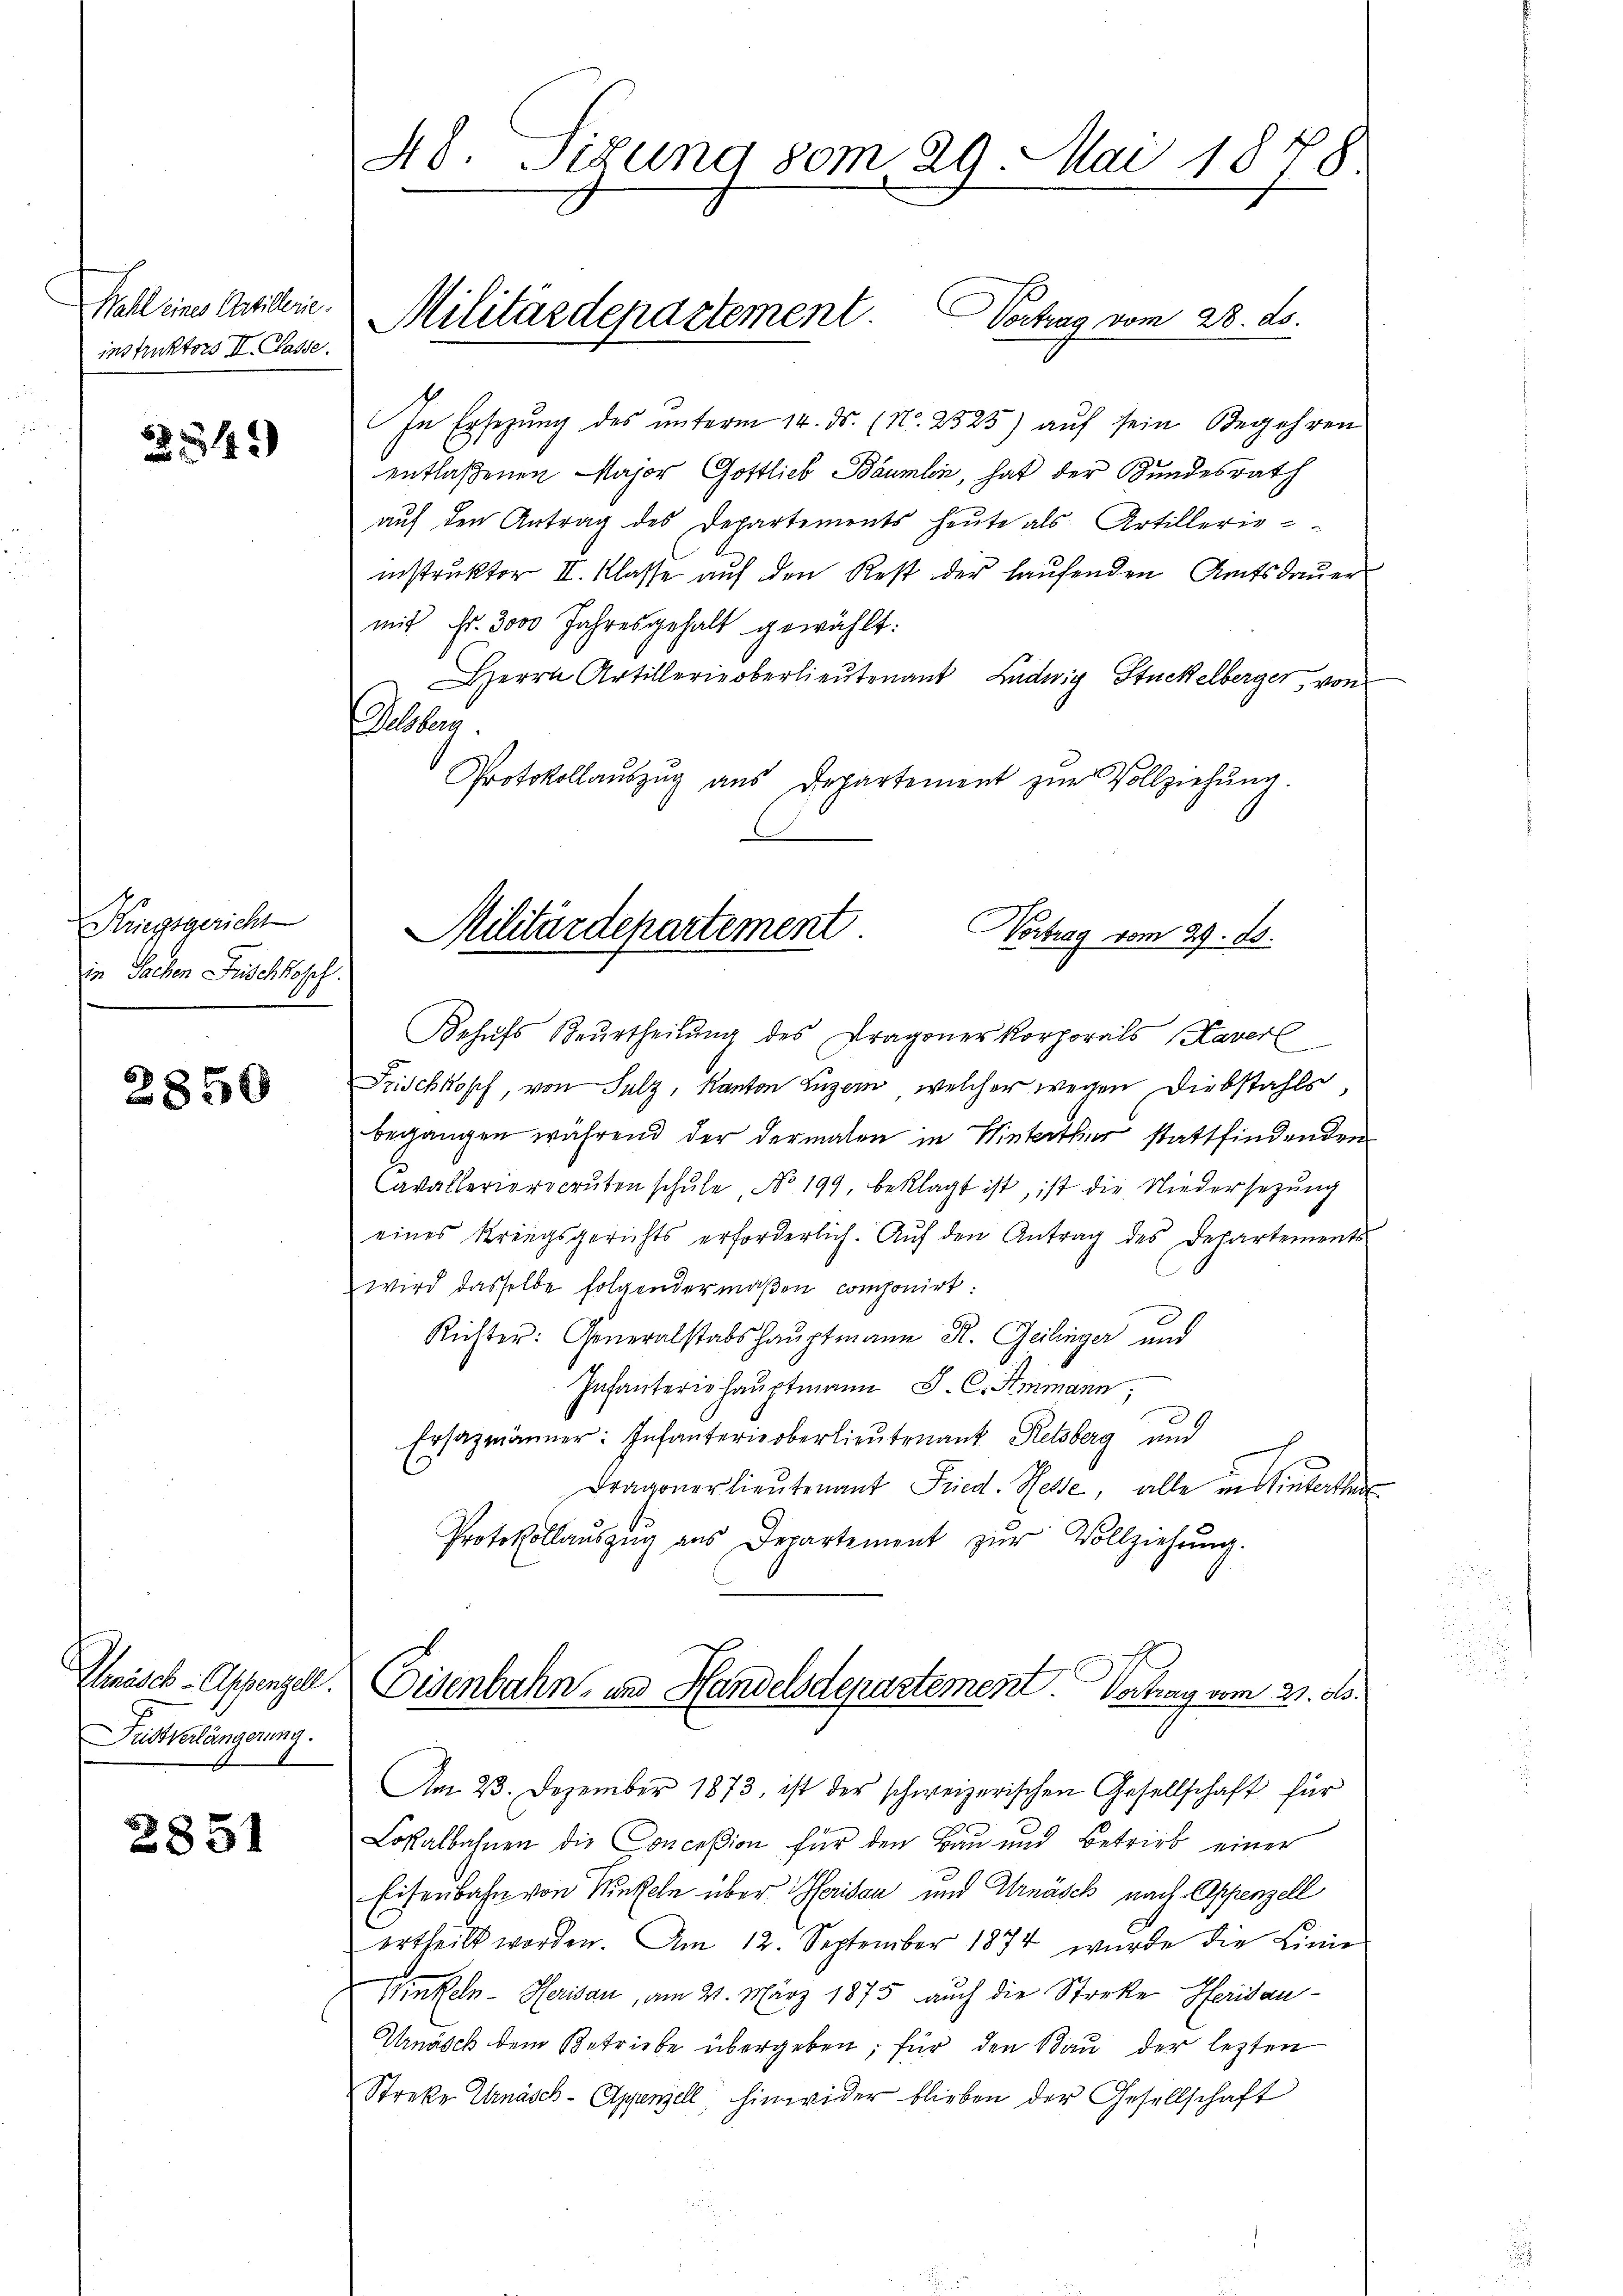
Wahl eines Artillerie.
instruktors II. Classe.

2349

Kriegsgericht
in Sachen Frischoses.

2850

Ihnäsch-Appenzell.
Fustverlängerung.

2851

48. Sizung vom 29. Mai 1848
.

Militärdepartement. Vortrag vom 28. ds.

Militärdepartement
Vortrag vom 29. ds.

In Ersezung des unterm 14. ds. (N. 2525) auf sein Begehren
entlaßenen Major Gottlieb Bäumlin, hat der Bundesrath
auf den Antrag des Departements heute als Artillerie-
instruktor II. Klasse auf den Rest der laufenden Amtsdauer
mit Fr. 3000 Jahresgehalt gewählt:
Herrn Artillerie oberlieŭtenant Ludwig Stückelberger, von
Rellig
Protokollaŭszŭg aŭs Departement zŭr Vollziehŭng.
Behufs Beurtheilŭng des Dragoner Korporals Kaverl
Frischkopf, von Sulz, Kanton Luzern, welcher wegen Diebstahls,
begangen während der dermalen in Hinterthur stattfindenden
Cavallerierecruten schule, No 199, beklagt ist, ist die Niedersezung
eines Kriegsgerichts erforderlich. Aŭf den Antrag des Departements
wird dasselbe folgendermaβen componirt:
Richter: Generalstabshauptmann R. Geilinger und
Infanterio hauptmann J. C. Ammann,
Ersazmänner: Infanterisoberlieŭtenant Retsberg und
Dragonerlieŭtenant Fried. Hesse, alle in Wintertheil
Protokollaŭszŭg aŭs Departement zŭr Vollziehŭng.
Eisenbahn- und Handelsdepartement. Vertrag vom 21. ds.
Am 23. Dezember 1873 ist der schweizerischen Gesellschaft für
Lokalbahnen die Conceßion für den Bau und Betrieb einer
Eisenbahn von Messeln über Herisau und Arnäsch nach Appenzell
ertheilt worden. Am 12. September 1874 wurde die Linie
Winkeln-Herisau, am 21. März 1875 auch die Streke Heridau-
Urnäsch dem Betriebe übergeben; für den Bau der lezten
Streke Ernäsch-Appenzell, hinwider blieben der Gesellschaft